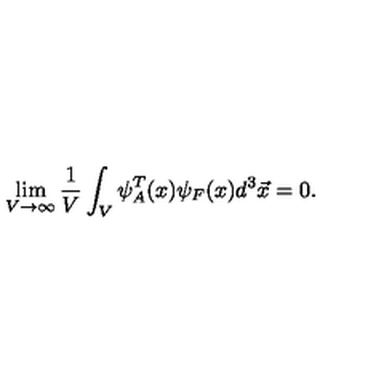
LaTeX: \lim _ { V \rightarrow \infty } \frac { 1 } { V } \int _ { V } \psi _ { A } ^ { T } ( x ) \psi _ { F } ( x ) d ^ { 3 } \vec { x } = 0 .